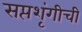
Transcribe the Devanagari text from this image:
सप्तशृंगीची